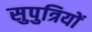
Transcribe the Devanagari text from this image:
सुपुत्रियों